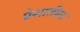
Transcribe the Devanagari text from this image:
प्रेशातील